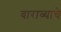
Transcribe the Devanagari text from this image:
बाराव्याचे